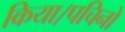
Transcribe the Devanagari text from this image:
किया।पचिनो